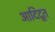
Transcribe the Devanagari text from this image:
आदिदूत